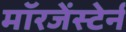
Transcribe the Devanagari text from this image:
मॉरजेंस्टेर्न